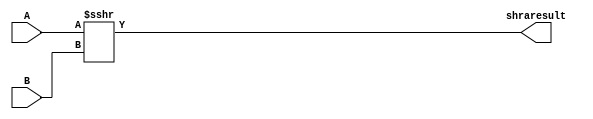
module SHRA(

input signed [31:0] A, B,
output reg [31:0] shraresult

);

always @(A or B)
	begin
		shraresult = A >>> B;
	end
endmodule